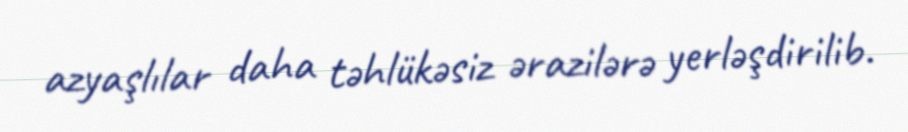
azyaşlılar daha təhlükəsiz ərazilərə yerləşdirilib.